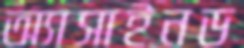
অ্যাসাইনড